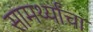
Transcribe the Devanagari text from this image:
सामर्थ्यांचा